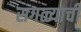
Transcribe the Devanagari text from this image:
सगळ्याची